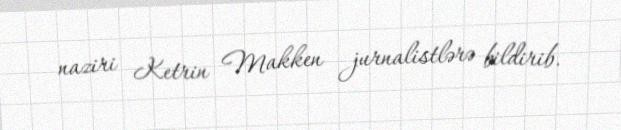
naziri Ketrin Makken jurnalistlərə bildirib.